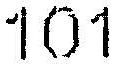
101